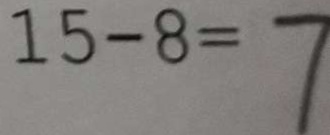
1 5 - 8 = 7